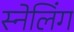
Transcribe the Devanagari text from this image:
स्नेलिंग